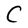
Character: C